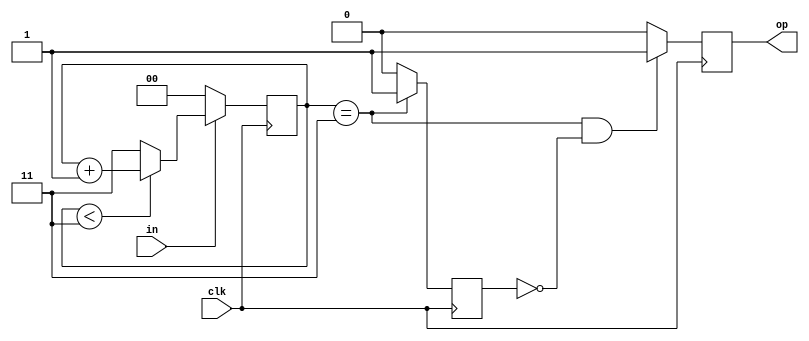
`timescale 1ns / 1ps
//////////////////////////////////////////////////////////////////////////////////
// Company: 
// Engineer: 
// 
// Design Name: 
// Module Name:    sresist 
// Project Name: 
// Target Devices: 
// Tool versions: 
// Description: 
//
// Dependencies: 
//
// Revision: 
// Revision 0.01 - File Created
// Additional Comments: 
//
//////////////////////////////////////////////////////////////////////////////////
module SRESIST(
	input clk,
	input in,
	output reg op
    );
reg ol;
reg [1:0] cnt;
always @(posedge clk)
begin
	if (~in)
		cnt <= 0;
	else
	begin
		if (cnt < 2'b11)
			cnt <= cnt + 1;
		else
			cnt <= 2'b11;
	end
end

always @(posedge clk)
begin
	if (cnt == 2'b11)
		ol <= 1'b1;
	else
		ol <= 1'b0;
end

always @(posedge clk)
begin
	if (cnt == 2'b11 && ol == 1'b0)
		op <= 1'b1;
	else
		op <= 1'b0;
end

endmodule